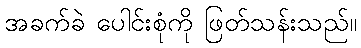
အခက်ခဲ ပေါင်းစုံကို ဖြတ်သန်းသည်။